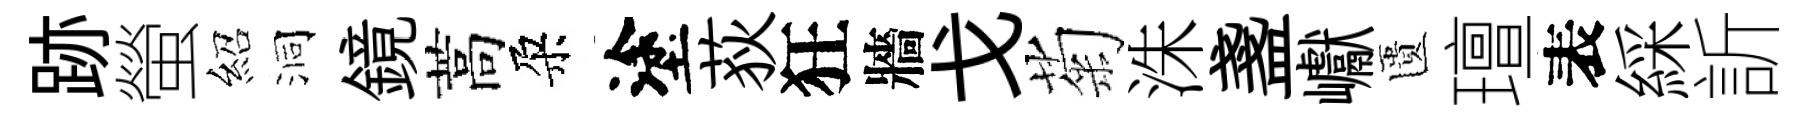
跡螢紹洞鏡蒿朶塗荻狂牆戈菊洙盞巘匱璮表綵訢